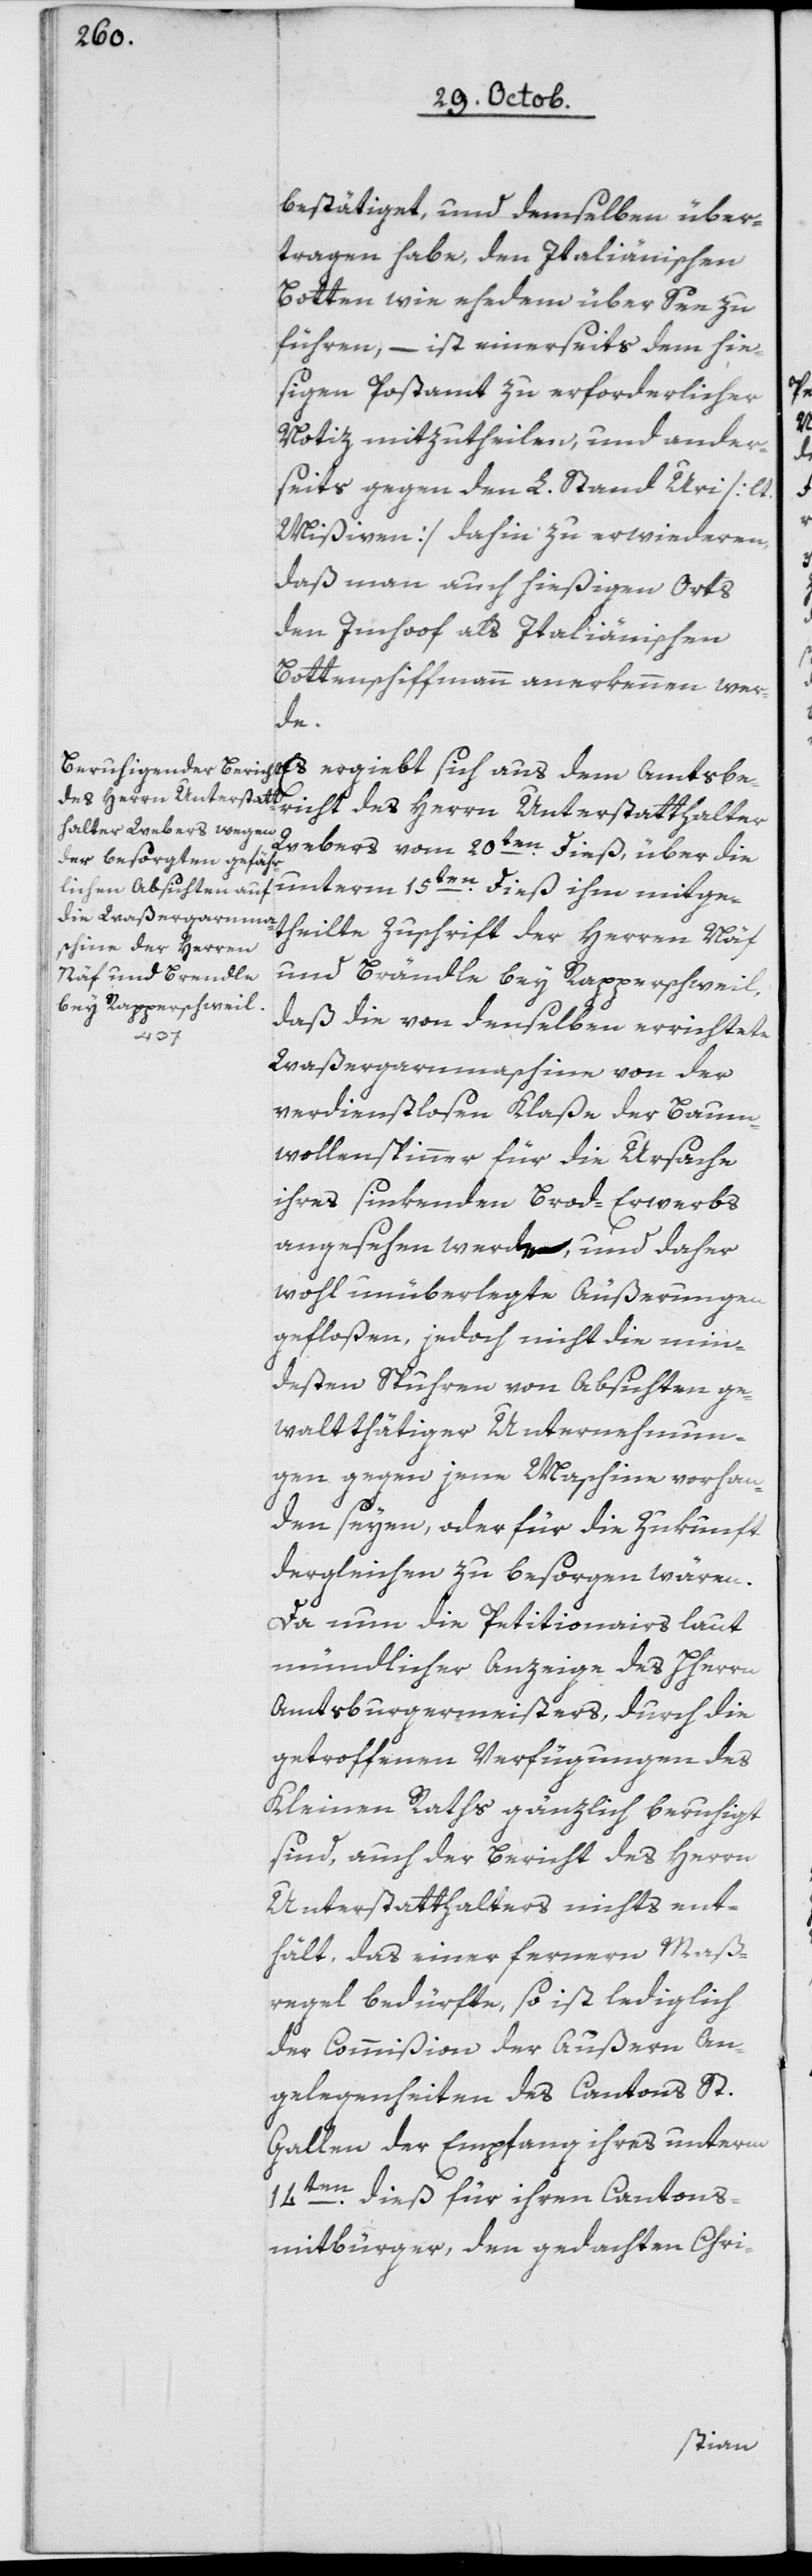
bestätiget, und demselben über¬
tragen habe, den Italienischen
Botten wie ehedem über See zu
führen, – ist einerseits dem hie¬
sigen Postamt zu erforderlicher
Notiz mitzutheilen, und ander¬
seits gegen den L. Stand Uri [lt.
Mißiven] dahin zu erwideren,
daß man auch hießigen Orts
den Imhoof als Italiänischen
Bottenschiffmann anerkennen wer¬
des
Webers vom 20ten dieß, über die
unterm 15ten dieß ihm mitge¬
theilte Zuschrift der Herren N¬
äf und Brändle
bey Rapperschweil,
daß die von denselben errichtete
Herrn
Waßergarnmaschine von der
verdienstlosen Klaße der Baum¬
wollspinner für die Ursache
ihres sinkenden Brod-Erwerbs
angesehen werde, – und daher
wohl unüberlegte Äußerungen
gefloßen, jedoch nicht die min¬
desten Spuhren von Absichten ge¬
walttätiger Unternehmun¬
gen gegen jene Maschine vorhan¬
den seyen, oder für die Zukunft
dergleichen zu besorgen wären.
Da nun die Petitionairs laut
mündlicher Anzeige des Herrn
Amtsburgermeisters, durch die
getroffenen Verfügungen des
Kleinen Raths gänzlich beruhigt
sind, auch der Bericht des Herrn
Unterstatthalters nichts ent¬
hält, das einer ferneren Maß¬
regel bedürfte, so ist lediglich
der Commißion der Äußern An¬
gelegenheiten des Cantons St.
Gallen der Empfang ihres unterm
14ten dieß für ihren Cantons¬
bürger, den gedachten Chri-